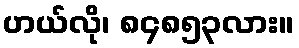
ဟယ်လို၊ ၈၄၈၅၃လား။